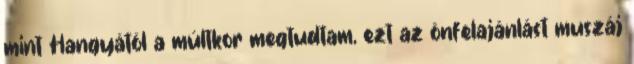
mint Hangyától a múltkor megtudtam, ezt az önfelajánlást muszáj